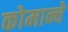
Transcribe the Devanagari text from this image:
कोमान्चे